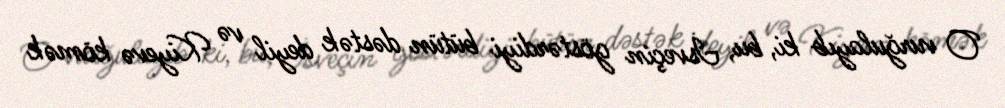
O vurğulayıb ki, bu, İsveçin göstərdiyi bütün dəstək deyil və Kiyevə kömək